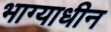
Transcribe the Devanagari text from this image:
भाग्याधीन